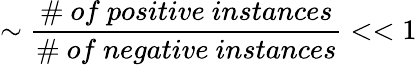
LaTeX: \sim\frac{\# ~of~positive~instances}{\# ~of~negative~instances}<<1